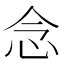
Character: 念